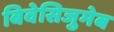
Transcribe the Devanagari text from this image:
बिवेसिजुमेब